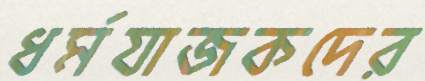
ধর্মযাজকদের